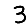
Digit: 3